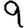
Digit: 9